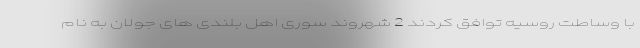
با وساطت روسیه توافق کردند 2 شهروند سوری اهل بلندی های جولان به نام